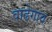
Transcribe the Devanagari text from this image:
वाढेगाव